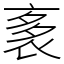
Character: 袲